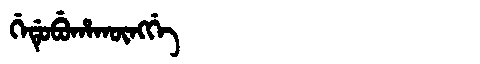
Manchu: ᡤᡝᡩᡠᠪᡠᡥᠠᡴᡡᠩᡤᡝ
Romanization: GEDUBUHAKŪNGGE